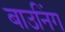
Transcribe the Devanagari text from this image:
बाउनिंग